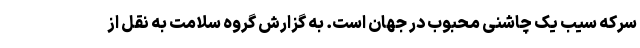
سرکه سیب یک چاشنی محبوب در جهان است. به گزارش گروه سلامت به نقل از